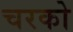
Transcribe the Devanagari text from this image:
चरको